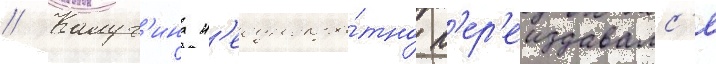
// Калуг'ина н'еоднокра́тно п'ер'еиздавалс'я